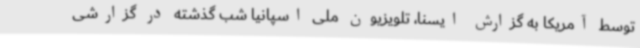
توسط آمریکا به گزارش ایسنا، تلویزیون ملی اسپانیا شب گذشته در گزارشی